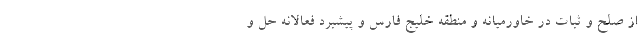
از صلح و ثبات در خاورمیانه و منطقه خلیج فارس و پیشبرد فعالانه حل و